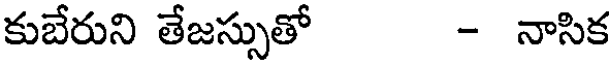
కుబేరుని తేజస్సుతో - నాసిక